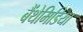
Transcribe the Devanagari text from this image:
बैंथेमिडिया